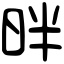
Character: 㫠